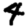
Digit: 4